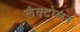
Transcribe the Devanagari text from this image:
लैक्टोजन